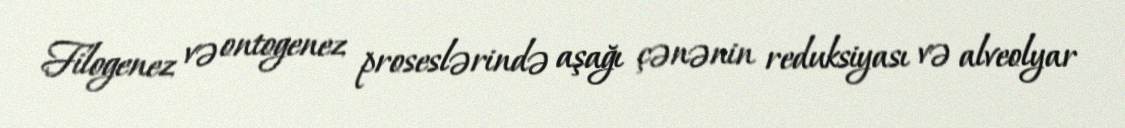
Filogenez və ontogenez proseslərində aşağı çənənin reduksiyası və alveolyar